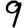
Digit: 9